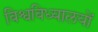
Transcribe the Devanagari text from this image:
विश्वविध्यालयों